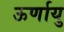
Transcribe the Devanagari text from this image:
ऊर्णायु